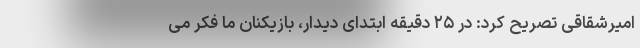
امیرشقاقی تصریح کرد: در ۲۵ دقیقه ابتدای دیدار، بازیکنان ما فکر می